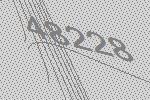
48228